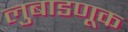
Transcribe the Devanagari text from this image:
लुबाडणूक